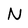
Character: N